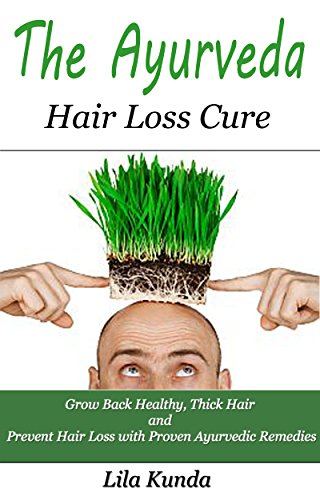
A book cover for The Ayurveda Hair Loss Cure: Preventing Hair Loss and Reversing Healthy Hair Growth For Life Through Proven Ayurvedic Remedies (Ayurveda Medicine, Hair ... Diet, Hair Loss Diet, Hair Loss Sollutions); Lila Kunda; Health, Fitness & Dieting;